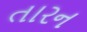
તારન